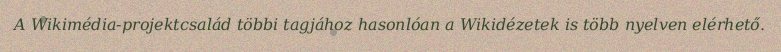
A Wikimédia-projektcsalád többi tagjához hasonlóan a Wikidézetek is több nyelven elérhető.